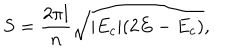
LaTeX: S = \frac { 2 \pi l } { n } \sqrt { | E _ { c } | ( 2 E - E _ { c } ) } ,